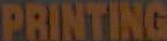
PRINTING